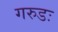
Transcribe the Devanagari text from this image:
गरुडः